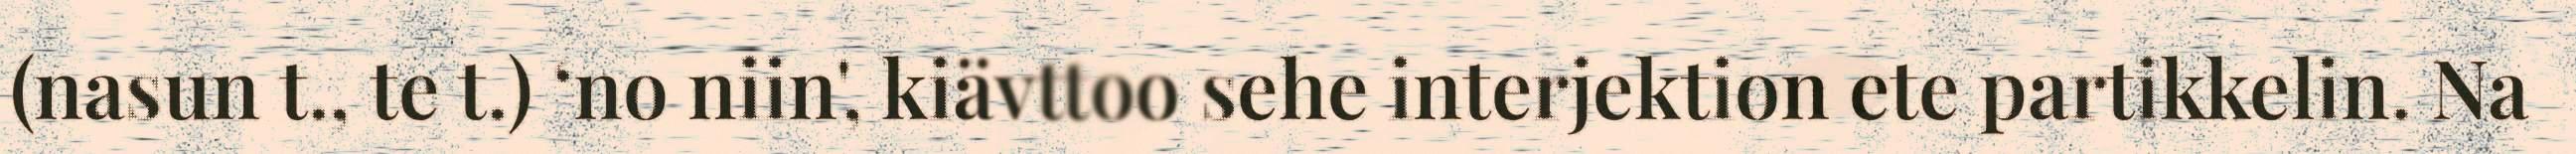
(nasun t., te t.) ‘no niin', kiävttoo sehe interjektion ete partikkelin. Na